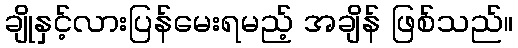
ချိုနှင့်လားပြန်မေးရမည့် အချိန် ဖြစ်သည်။